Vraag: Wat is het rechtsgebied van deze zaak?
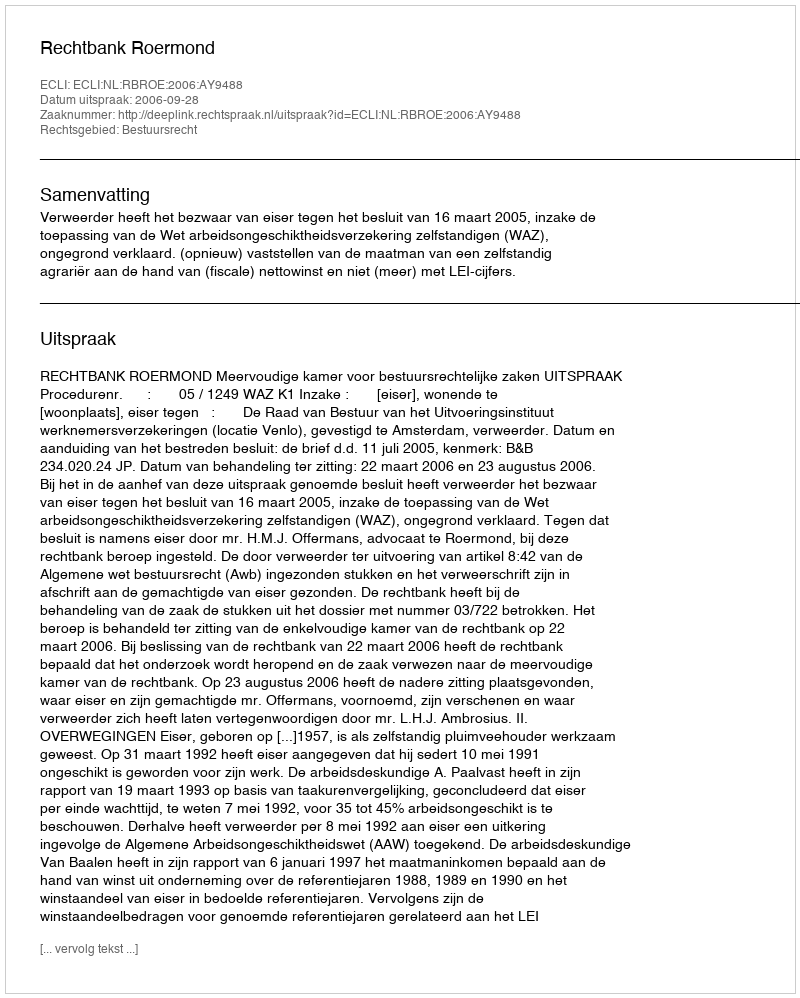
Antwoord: Bestuursrecht